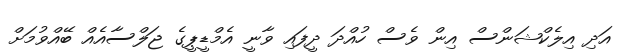
އަދި އިލެކްޝަންސް އިން ވެސް ހުއްދަ ދީފައި ވާނީ އެމްޑީޕީގެ ޖަލްސާއެއް ބޭއްވުމަށް